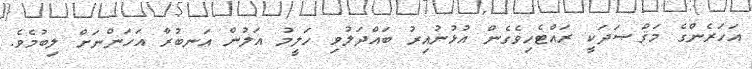
އަހަރެންގެ މަޤްޞަދަކީ ރައްޓެހިވެގެން އުޅުނުއިރު ބައްދަލުވި ހަލީމު އަލުން އަނބުރާ އަހަންނަށް ލިބުމެވެ.